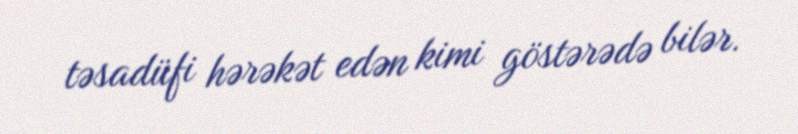
təsadüfi hərəkət edən kimi göstərədə bilər.